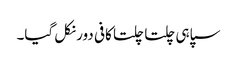
سپاہی چلتا چلتا کافی دور نکل گیا۔